Lunatic asylums in Bengal annual reports 1899-1911 - 1899-1911
Year: 1899
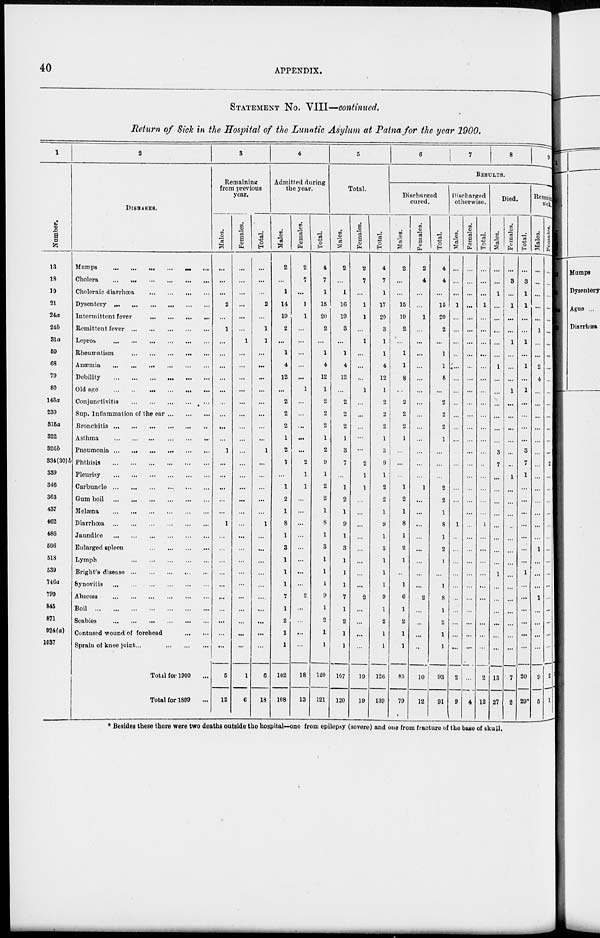
40
APPENDIX.
STATEMENT NO. VIII—continued.
Return of Sick in the Hospital of the Lunatic Asylum at Patna for the year 1900.
1
Number.
13
18
19
21
24a
24b
31a
69
68
79
80
143a
230
315a
322
326b
334(30)b
339
346
363
437
462
486
506
518
539
746a
799
845
871
924(a)
1037
2
DISEASES.
Mumps
...
...
...
...
...
Cholera
...
...
...
... ...
Choleraic diarrhœa
...
...
...
...
...
Dysentery ...
...
...
...
...
...
Intermittent fever
...
...
...
...
...
Remittent fever
...
...
...
...
...
Lepros
...
...
...
...
...
Rheumatism
...
...
...
...
...
Anæemia
...
...
...
...
...
...
Debility
...
...
...
...
...
Old age
...
...
...
...
...
Conjunctivitis
...
...
...
...
...
Sup. Inflammation of the ear ... ... ...
Bronchitis
...
...
...
...
...
Asthma
...
...
...
...
...
Pneumonia ...
...
...
...
...
...
Phthisis
...
...
...
...
...
Pleurisy
...
...
...
...
...
Carbuncle
...
...
...
...
...
Gum boil
...
...
...
...
...
Melæna
...
...
...
...
...
Diarrhœa
...
...
...
...
...
Jaundice
...
...
...
...
...
Enlarged spleen
...
...
...
...
...
Lymph
...
...
...
...
...
Bright's disease
...
...
...
...
...
Synovitis
...
...
...
...
...
Abscess
...
...
...
...
...
Boil
...
...
...
...
...
Scabies
...
...
...
...
...
Contused wound of forehead
...
...
Sprain of knee joint
...
...
...
...
Total for 1900 ...
Total for 1899 ...
3
Remaining
from previous
year.
Males.
...
...
...
2
...
1
...
...
...
...
...
...
...
...
...
1
...
...
...
...
...
1
...
...
...
...
...
...
...
...
...
...
5
12
Females.
...
...
...
...
...
...
1
...
...
...
...
...
...
...
...
...
...
...
...
...
...
...
...
...
...
...
...
...
...
...
...
...
1
6
Total.
...
...
...
2
...
1
1
...
...
...
...
...
...
...
...
1
...
...
...
...
...
1
...
...
...
...
...
....
...
...
...
6
18
4
Admitted during
the year.
Males.
2
...
1
14
19
2
...
1
4
12
...
2
2
2
1
2
7
...
1
2
1
8
1
3
1
1
1
7
1
2
1
1
102
108
Females.
2
7
...
1
1
...
...
...
...
...
1
...
...
...
...
...
2
1
1
...
...
...
...
...
...
...
...
2
...
...
...
...
18
13
Total.
4
7
1
15
20
2
...
1
4
12
1
2
2
2
1
2
9
1
2
2
1
8
1
3
1
1
1
9
1
2
1
1
120
121
5
Total.
Males.
2
...
1
16
19
3
...
1
4
12
...
2
2
2
1
3
7
...
1
2
1
9
1
3
1
1
1
7
1
2
1
1
107
120
Females.
2
7
...
1
1
...
1
...
...
...
1
...
...
...
...
...
2
1
1
...
...
...
...
...
...
...
...
2
...
...
...
...
19
19
Total.
4
7
1
17
20
3
1
1
4
12
1
2
2
2
1
3
9
1
2
2
1
9
1
3
1
1
1
9
1
2
1
1
126
139
6
7
8
9
RESULTS.
Discharged
cured.
Males.
2
...
...
15
19
2
...
1
1
8
...
2
2
2
1
...
...
...
1
2
1
8
1
2
1
...
1
6
1
2
1
1
83
79
Females.
2
4
...
...
1
...
...
...
...
...
...
...
...
...
...
...
...
...
1
...
...
...
...
...
...
...
...
2
...
...
...
...
10
12
Total.
4
4
...
15
20
2
...
1
1
8
...
2
2
2
1
...
...
...
2
2
1
8
1
2
1
...
1
8
1
2
1
1
93
91
Discharged
otherwise.
Males.
...
...
...
1
...
...
...
...
...
...
...
...
...
...
...
...
...
...
...
...
...
1
...
...
...
...
...
...
...
...
...
...
2
9
Females.
...
...
...
...
...
...
...
...
...
...
...
...
...
...
...
...
...
...
...
...
...
...
...
...
...
...
...
...
...
...
...
...
...
4
Total.
...
...
...
1
...
...
...
...
...
...
...
...
...
...
...
...
...
...
...
...
...
1
...
...
...
...
...
...
...
...
...
...
2
13
Died.
Males.
...
...
1
...
...
...
...
...
1
...
...
...
...
...
...
3
7
...
...
...
...
...
...
...
...
1
...
...
...
...
...
...
13
27
Females.
...
3
...
1
...
...
1
...
...
...
1
...
...
...
...
...
...
1
...
...
...
...
...
...
...
...
...
...
...
...
...
...
7
2
Total.
...
3
1
1
...
...
1
...
1
...
1
...
...
...
...
3
7
1
...
...
...
...
...
...
...
1
...
...
...
...
...
...
20
29*
Remaining
sick.
Males.
...
...
...
...
...
1
...
...
2
4
...
...
...
...
...
...
...
...
...
...
...
...
...
1
...
...
...
1
...
...
...
...
9
5
Females.
...
...
...
...
...
...
...
...
...
...
...
...
...
...
...
...
2
...
...
...
...
...
...
...
...
...
...
...
...
...
...
...
2
1
* Besides these there were two deaths outside the hospital—one from epilepsy (severe) and one from fracture of the base of skull.